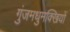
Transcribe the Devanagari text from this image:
गुंजमधुमक्खियों